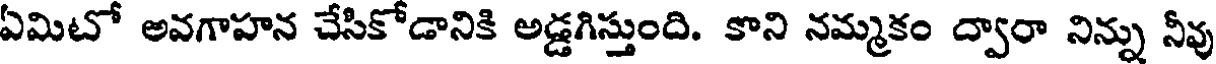
ఏమిటో అవగాహన చేసికోడానికి అడ్డగిస్తుంది. కాని నమ్మకం ద్వారా నిన్ను నీవు